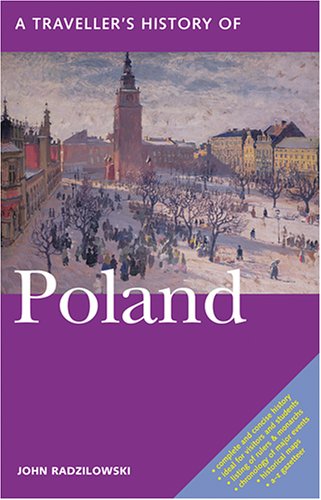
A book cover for A Traveller's History of Poland; John Radzilowski; Travel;